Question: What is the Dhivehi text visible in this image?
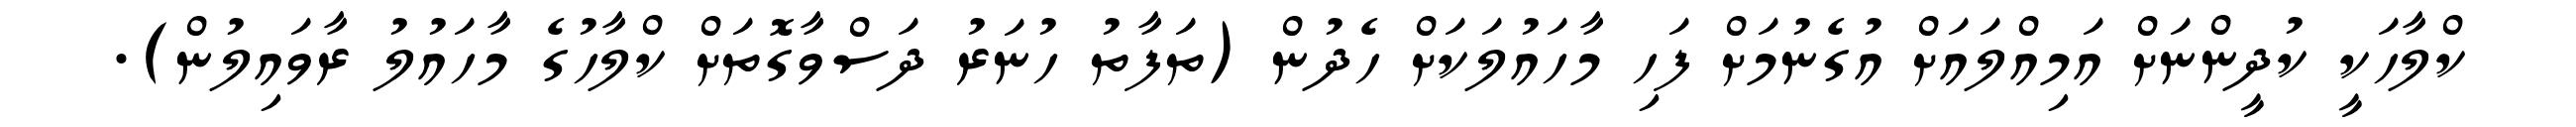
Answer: ކްލާހަކީ ކުދީންނަށް އަމިއްލައަށް އުގެނުމަށް ފަހި މާހައުލަކަށް ހެދުން (ތަފާތު ހުނަރު ދަސްވާގޮތަށް ކްލާހުގެ މާހައުލު ރާވައިލުން).